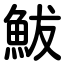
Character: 鮁